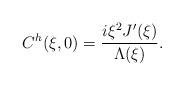
LaTeX: \begin{align*}C^h(\xi,0) = \frac{i \xi^2 J'(\xi)}{ \Lambda(\xi)}.\end{align*}